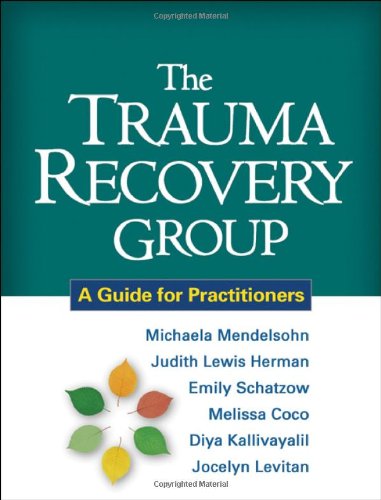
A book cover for The Trauma Recovery Group: A Guide for Practitioners; Michaela Mendelsohn PhD; Medical Books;